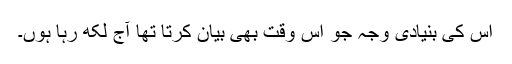
اس کی بنیادی وجہ جو اس وقت بھی بیان کرتا تھا آج لکھ رہا ہوں۔